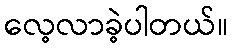
လေ့လာခဲ့ပါတယ်။